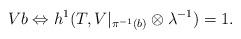
LaTeX: \begin{align*} V b \Leftrightarrow h^1(T,V|_{\pi^{-1}(b)}\otimes \lambda^{-1})=1.\end{align*}